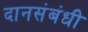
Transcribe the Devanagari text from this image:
दानसंबंधी